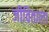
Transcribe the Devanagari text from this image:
जीविताला